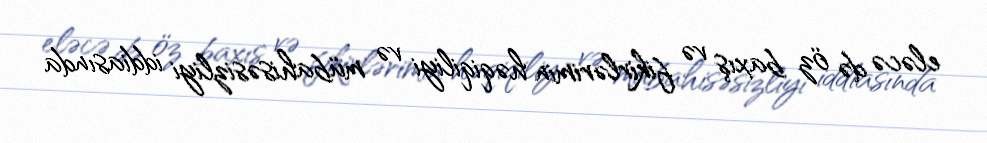
eləcə də öz baxış və fikirlərimin həqiqiliyi və mübahisəsizliyi iddiasında